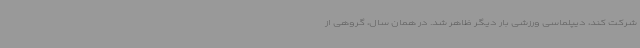
شرکت کند، دیپلماسی ورزشی بار دیگر ظاهر شد. در همان سال، گروهی از